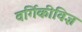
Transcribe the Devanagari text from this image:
वर्गिकीविज्ञ